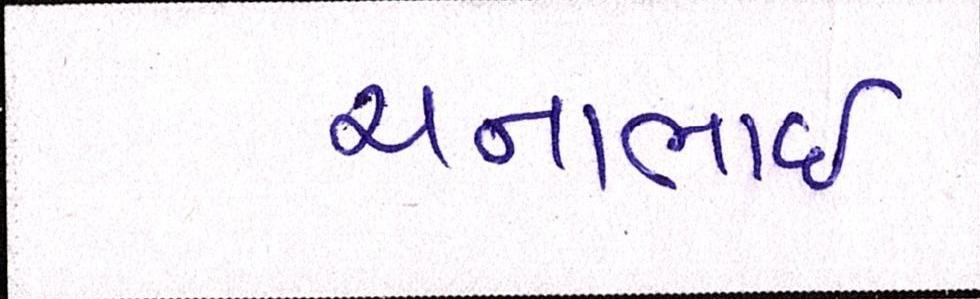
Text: ચનાભાઇ